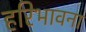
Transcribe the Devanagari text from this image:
हरिभावना